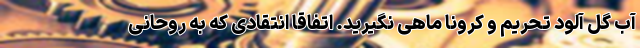
آب گل آلود تحریم و کرونا ماهی نگیرید. اتفاقا انتقادی که به روحانی